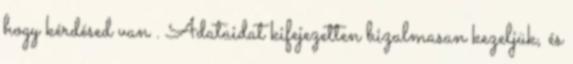
hogy kérdésed van . Adataidat kifejezetten bizalmasan kezeljük, és